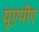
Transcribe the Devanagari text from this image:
यूएपीए